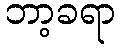
ဘာ့ခရာ